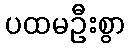
ပထမဦးစွာ